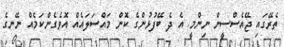
ތެރޭގައި ޖޭއެސްސީން ނިންމީ އެ ދެ ބޭފުޅުންގެ ކޮން މައްސަލައެއް އޮވެގެންކަމެއް ނޭނގެ